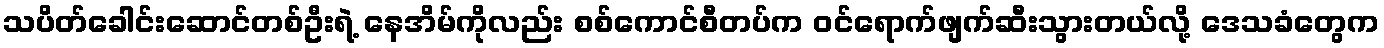
သပိတ်ခေါင်းဆောင်တစ်ဦးရဲ့ နေအိမ်ကိုလည်း စစ်ကောင်စီတပ်က ဝင်ရောက်ဖျက်ဆီးသွားတယ်လို့ ဒေသခံတွေက